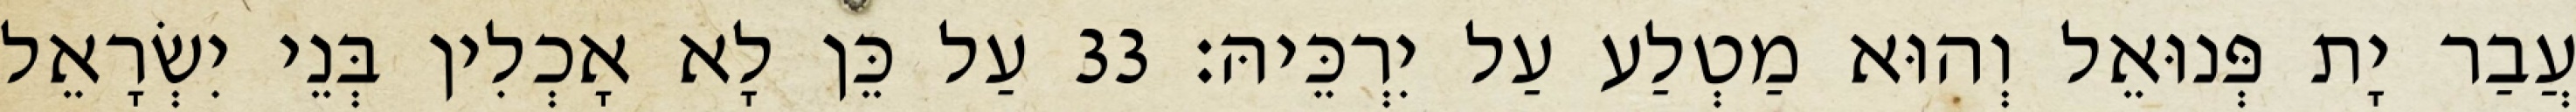
עֲבַר יָת פְּנוּאֵל וְהוּא מַטְלַע עַל יִרְכֵּיהּ׃ 33 עַל כֵּן לָא אָכְלִין בְּנֵי יִשְׂרָאֵל